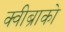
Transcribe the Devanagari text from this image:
क्वीब्राको